Veterinary regulations India, 1935 -
Year: 1935
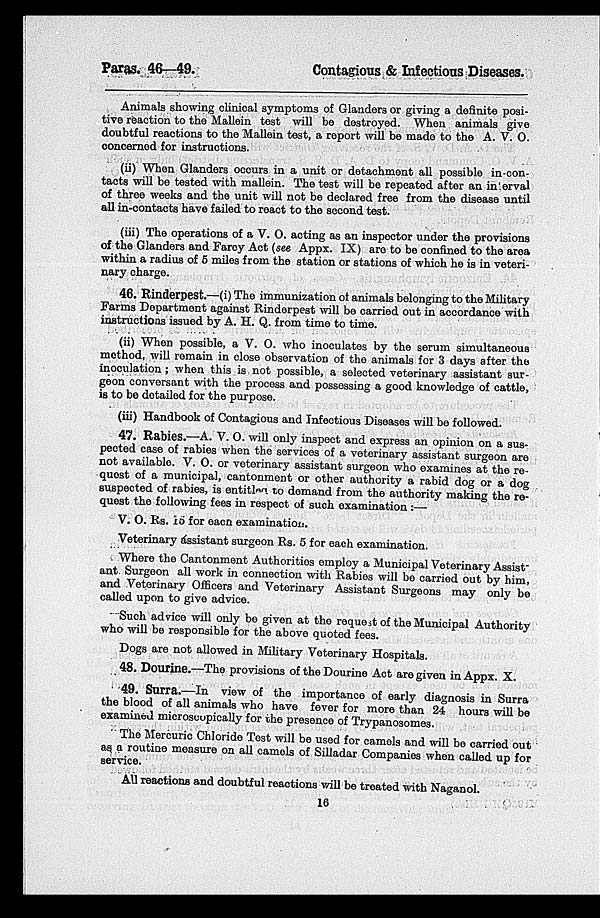
Paras. 46—49.
Contagious & Infectious Diseases.
Animals showing clinical symptoms of Glanders or giving a definite posi-
tive reaction to the Mallein test will be destroyed. When animals give
doubtful reactions to the Mallein test, a report will be made to the A. V. O.
concerned for instructions.
(ii) When Glanders occurs in a unit or detachment all possible in-con-
tacts will be tested with mallein. The test will be repeated after an interval
of three weeks and the unit will not be declared free from the disease until
all in-contacts have failed to react to the second test.
(iii) The operations of a V. O. acting as an inspector under the provisions
of the Glanders and Farcy Act (see Appx. IX) are to be confined to the area
within a radius of 5 miles from the station or stations of which he is in veteri-
nary charge.
46. Rinderpest.—(i)The immunization of animals belonging to the Military
Farms Department against Rinderpest will be carried out in accordance with
instructions issued by A. H. Q. from time to time.
(ii) When possible, a V. O. who inoculates by the serum simultaneous
method, will remain in close observation of the animals for 3 days after the
inoculation; when this is not possible, a selected veterinary assistant sur-
geon conversant with the process and possessing a good knowledge of cattle,
is to be detailed for the purpose.
(iii) Handbook of Contagious and Infectious Diseases will be followed.
47. Rabies.—A. V. O. will only inspect and express an opinion on a sus-
pected case of rabies when the services of a veterinary assistant surgeon are
not available. V. O. or veterinary assistant surgeon who examines at the re-
quest of a municipal, cantonment or other authority a rabid dog or a dog
suspected of rabies, is entitlea to demand from the authority making the re-
quest the following fees in respect of such examination :—
V. O. Rs. 15 for each examination.
Veterinary assistant surgeon Rs. 5 for each examination.
Where the Cantonment Authorities employ a Municipal Veterinary Assist-
ant. Surgeon all work in connection with Rabies will be carried out by him,
and Veterinary Officers and Veterinary Assistant Surgeons may only be
called upon to give advice.
Such advice will only be given at the request of the Municipal Authority
who will be responsible for the above quoted fees.
Dogs are not allowed in Military Veterinary Hospitals.
48. Dourine.—The provisions of the Dourine Act are given in Appx. X.
49. Surra.—In view of the importance of early diagnosis in Surra
the blood of all animals who have fever for more than 24 hours will be
examined microscopically for the presence of Trypanosomes.
The Mercuric Chloride Test will be used for camels and will be carried out
as a routine measure on all camels of Silladar Companies when called up for
service.
All reactions and doubtful reactions will be treated with Naganol.
16